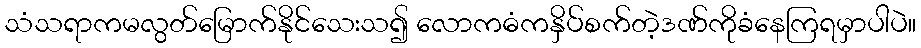
သံသရာကမလွတ်မြောက်နိုင်သေးသ၍ လောကဓံကနှိပ်စက်တဲ့ဒဏ်ကိုခံနေကြရမှာပါပဲ။